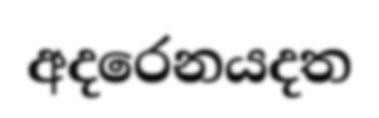
අදරෙනයදත